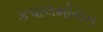
કપાલમોચન